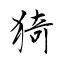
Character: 猗